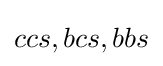
ccs,bcs,bbs